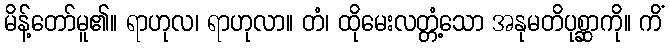
မိန့်တော်မူ၏။ ရာဟုလ၊ ရာဟုလာ။ တံ၊ ထိုမေးလတ္တံ့သော အနုမတိပုစ္ဆာကို။ ကိံ